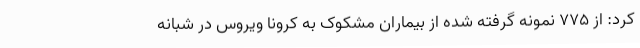
کرد: از ۷۷۵ نمونه گرفته شده از بیماران مشکوک به کرونا ویروس در شبانه